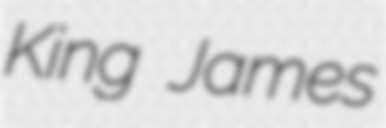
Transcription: King James